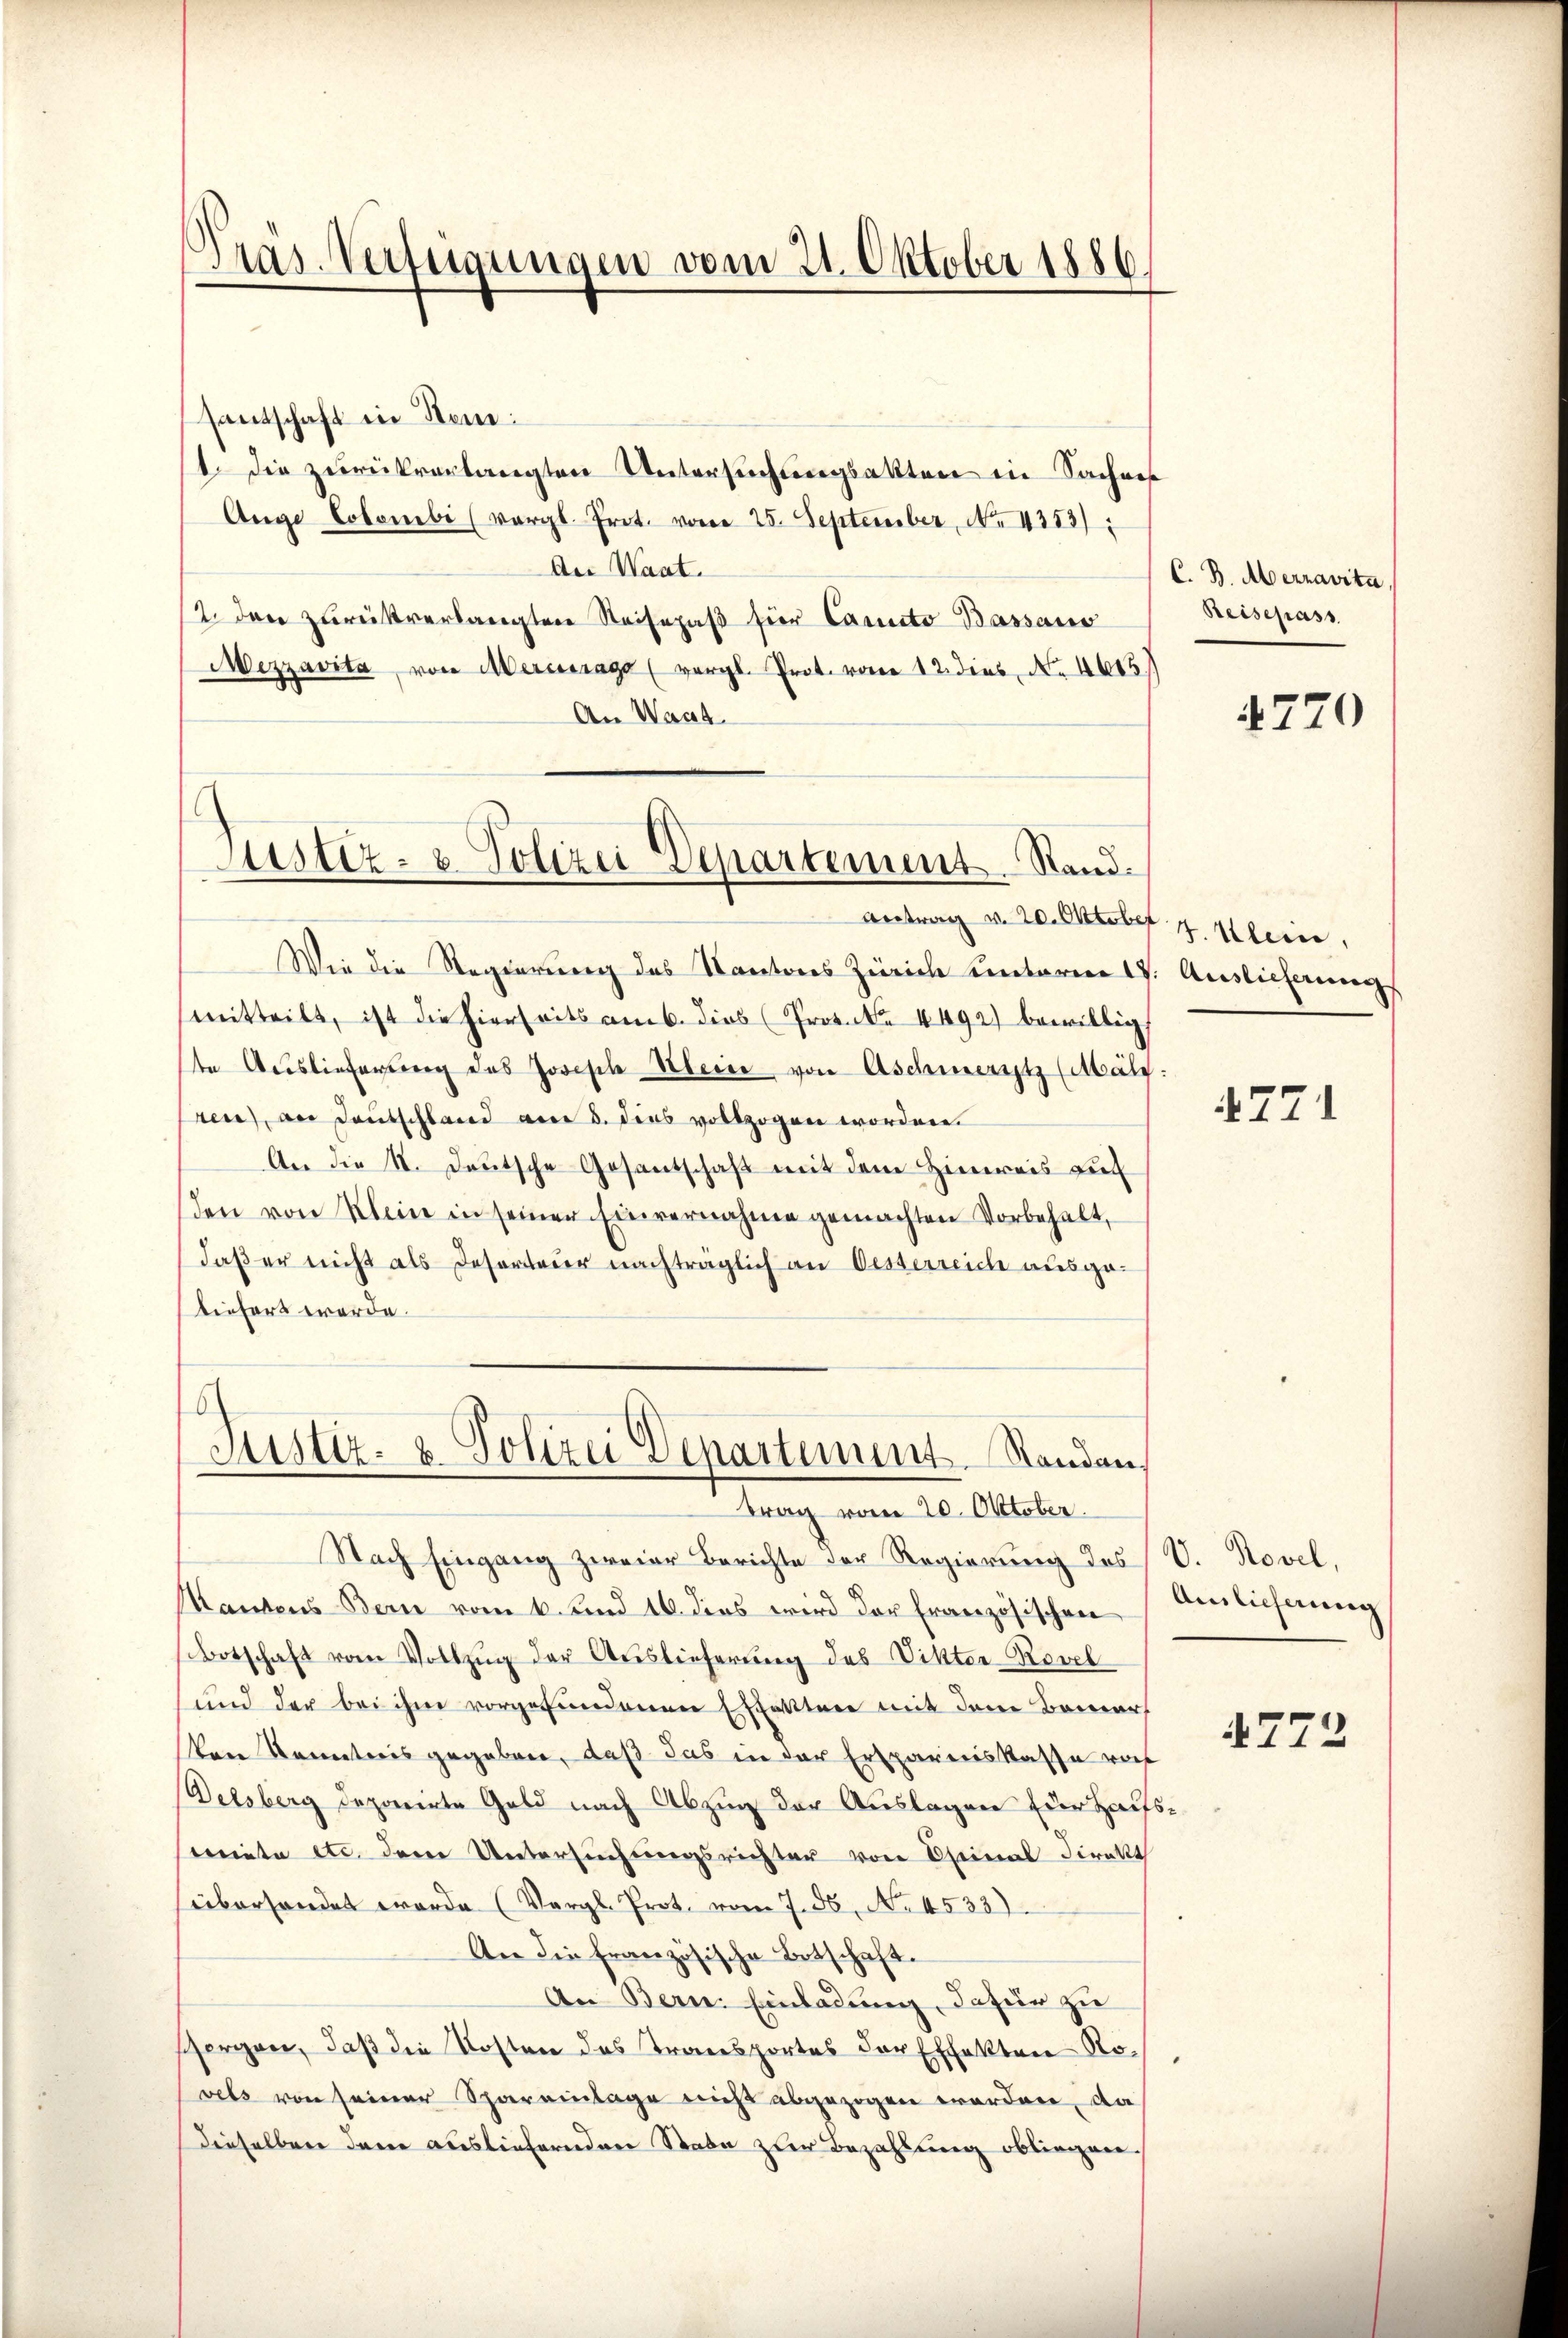
Fräs. Verteigungen vom 21. Oktober 1886.

santschaft in Stein:
1. die zurückverlangten Untersuchungsakten in Saches
Auge Colonibi (vergl. Prot. vom 25. September, No 1253):
Aer Waat.
2. den zurückverlangten Reisepaß für Cannte Bassaus
Mezzavita, von Mercerage (vergl. Prot. vom 12. dies No 4645.
An Waat.

Justiz- & Polizei Departement Stand.
Antrag v. 20. Oktober

Wie die Regierung des Kantons Zürich unterren 1. Auslieferungs
mitteilt, ist die hierseits am 6. dies (Prot. N. 4492) bewillig
te Auslieferung das Joseph Meine von Aschmerztz (Mälz:
ren), an Deutschland am 3. dies vollzogen worden.
An die 1. Deutsche Gesantschaft mit dem Hinweis auc
den von Klein in seiner Einvernahme gemachten Vorbehalt,
daß er nicht als Deserteier nachträglich an Oesserreich ausgeliefert werde.
Nach Eingang zweier Berichte der Regierung des V. Novel,
Mantens Bern vom 6. und 16. dies wird der Französischen
Botschaft vom Vollzŭg der Auslieferung des Vikter-Rovel
und der bei ihm vorgefundenen Effekten mit dem Bemer
ken Kantoris gegeben, daß das in der Erspareiskasse vot
Delsberg deparirte Geld nach Abzug der Auslagen der Haufsmiete etc. dem Untersuchungsrichter von seinal Direkt
überhandet worde (Vergl. Prot. vom 7. ds. No. 4533).
An die französische Botschaft.
An Bern. Einladung, dafür zu
shorgen, daß die Kosten das Transportes der Effekten Rovels von seiner Spareinlage nicht abgezogen worden, da
dieselben den ausliefernden Stabe zur Bezahlung obliegen.

.
Justiz- & Polizei Departement. Standen,
trag vom 20. Oktober.

C. B. Aberravita
Reisepass

4770

4. Klein,

4771

Amlicherung

4773